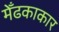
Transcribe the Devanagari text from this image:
मेँढकाकार